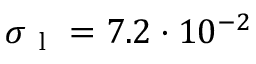
\sigma _ { \mathrm { ~ l ~ } } = 7 . 2 \cdot 1 0 ^ { - 2 }